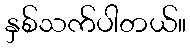
နှစ်သက်ပါတယ်။